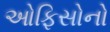
ઓફિસોનો